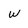
Character: w